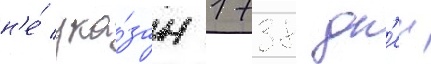
н'е́ ука́зан 1738 дн'еи